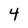
Character: 4